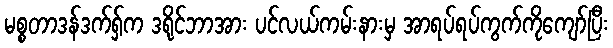
မစ္စတာဒန်ဒက်ရှ်က ဒရိုင်ဘာအား ပင်လယ်ကမ်းနားမှ အာရပ်ရပ်ကွက်ကိုကျော်ပြီး